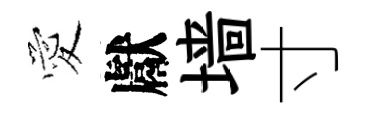
愛獻墙寸